Lunatic asylums Bombay report 1891-1903 - 1891-1903
Year: 1891
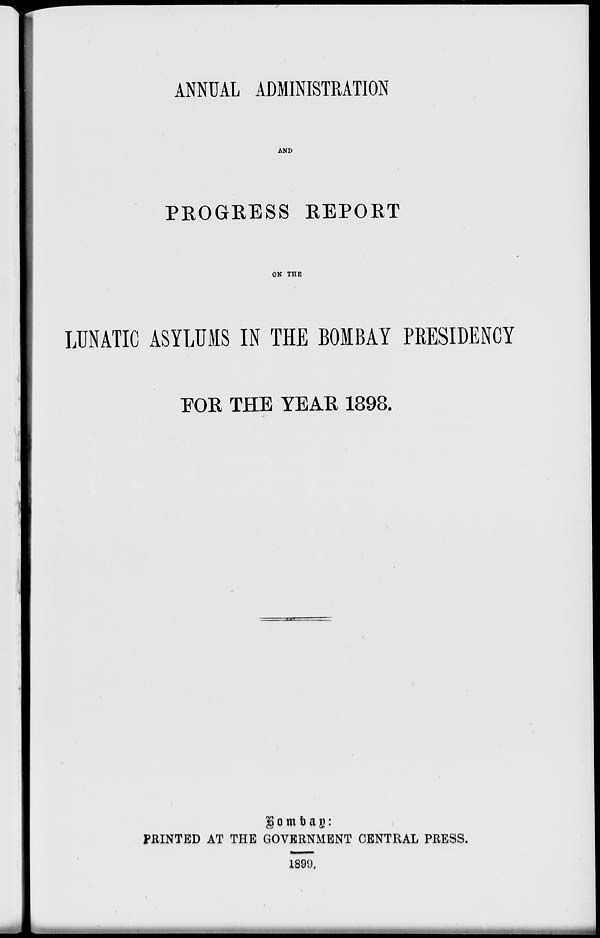
ANNUAL ADMINISTRATION
AND
PROGRESS REPORT
ON THE
LUNATIC ASYLUMS IN THE BOMBAY PRESIDENCY
FOR THE YEAR 1898.
Bombay:
PRINTED AT THE GOVERNMENT CENTRAL PRESS.
1899.